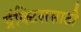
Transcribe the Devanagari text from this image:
प्रॅक्टिससाठी